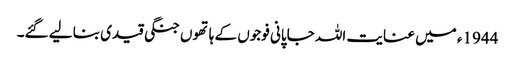
1944ء میں عنایت اللہ جاپانی فوجوں کے ہاتھوں جنگی قیدی بنا لیے گئے۔